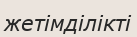
жетімділікті